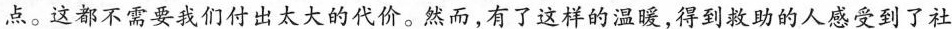
点。这都不需要我们付出太大的代价。然而，有了这样的温暖，得到救助的人感受到了社